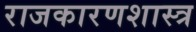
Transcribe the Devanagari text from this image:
राजकारणशास्त्र